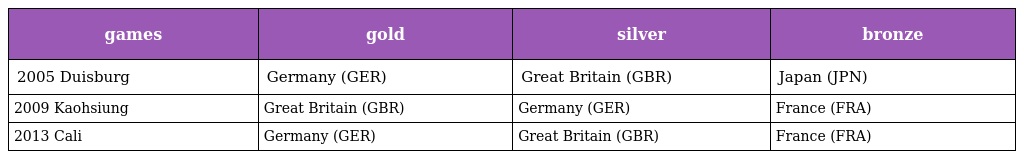
| games | gold | silver | bronze |
 | --- | --- | --- | --- |
 | 2005 Duisburg | Germany (GER) | Great Britain (GBR) | Japan (JPN) |
 | 2009 Kaohsiung | Great Britain (GBR) | Germany (GER) | France (FRA) |
 | 2013 Cali | Germany (GER) | Great Britain (GBR) | France (FRA) |